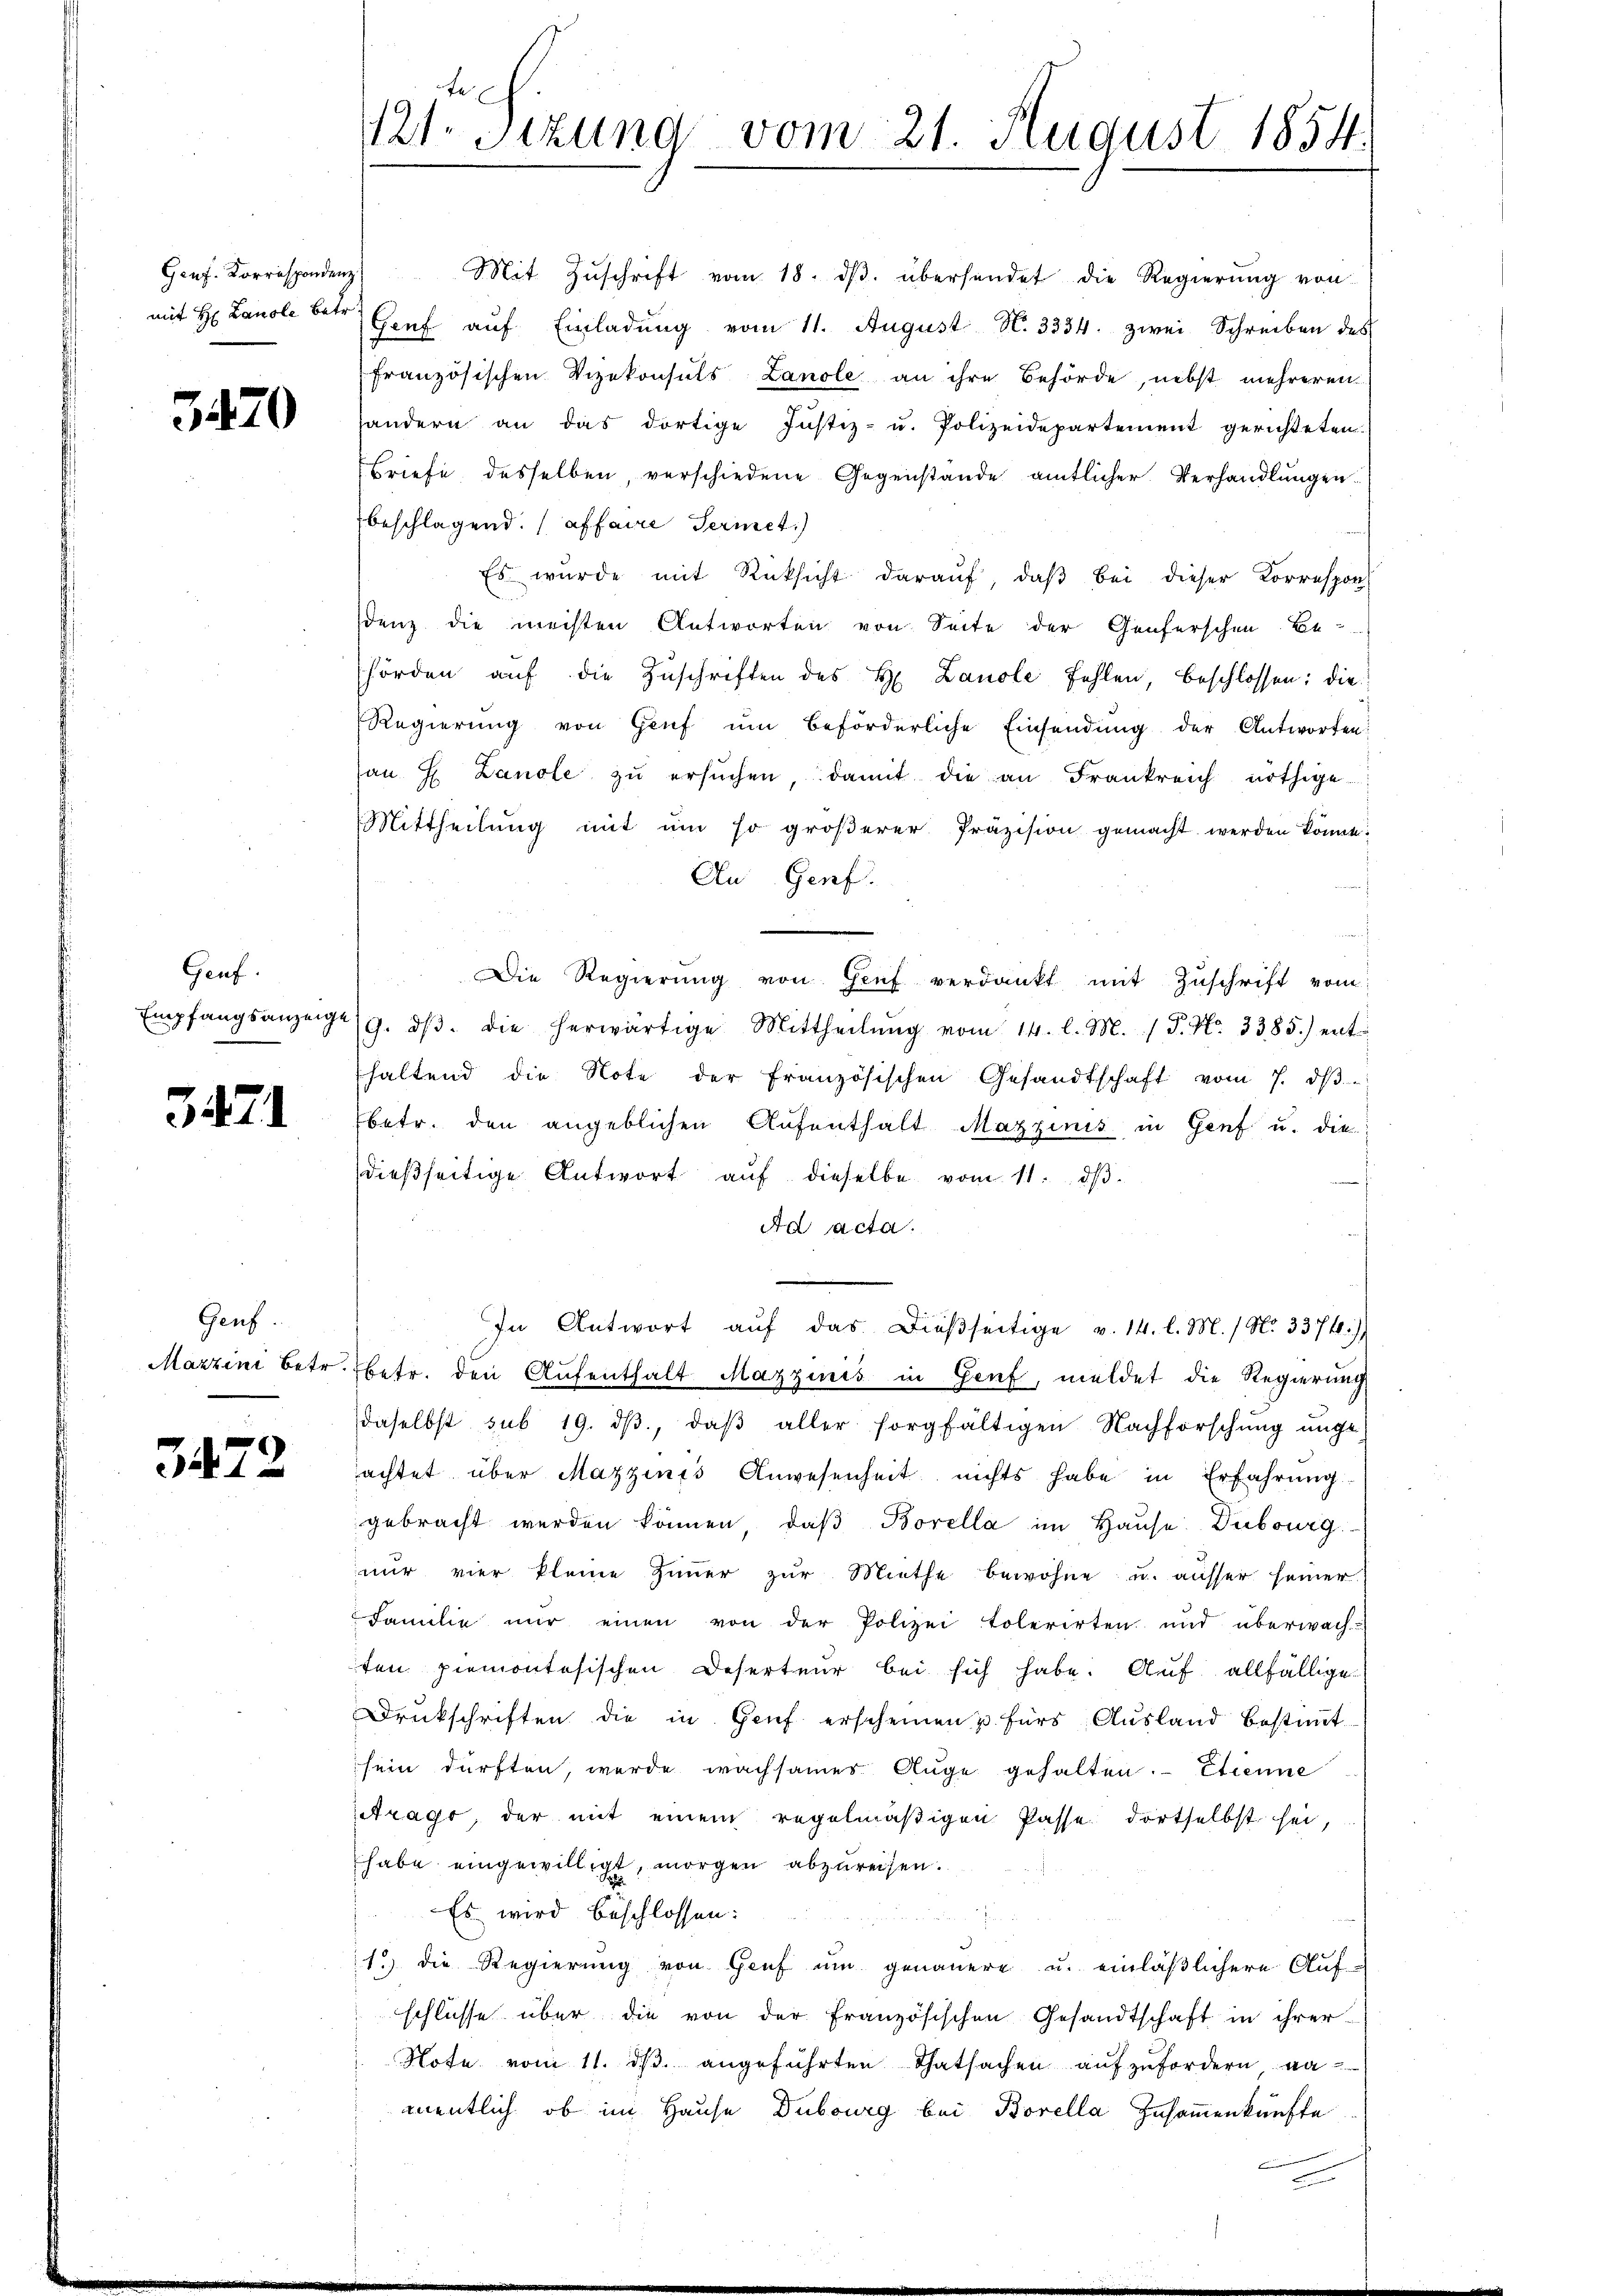
Genf. Korrespondenz

3470

Genf.

3471

Genf.

3472

121. Sitzung vom 21. August 1854.

Mit Zŭschrift vom 18. dβ. übersendet die Regierung von
mit H: Lanole betr. Genf auf Einladung vom 11. August N. 3334. zwei Schreiben des
französischen Vizekonsuls Lanole an ihre Behörde, nebst mehreren
handern an das dortige Justiz- u. Polizeidepartement gerichteten.
Briefe desselben, verschiedene Gegenstande amtlicher Verhandlungen
beschlagend. (affaire Termit
Es wurde mit Rücksicht daraŭf, daβ bei dieser Korrespon
denz die mechten Antworten von Seite der Genferschen Be-
hörden auf die Zuschriften des H. Landle Fehlen, beschlossen: die
Regierŭng von Haŭs ŭm beförderliche Einsendŭng der Antworten
an H. Lanole zŭ ersŭchen, damit die an Frankreich nöthige
Mittheilŭng mit um so gröβerer Präzision gemacht werden könne.
An Genf.
Die Regierŭng von Genf verdankt mit Zuschrift vom
Empfangsanzeige (9. dβ. die herwärtige Mittheilŭng vom 14. l. M. (T. No. 3385.) enthaltend die Note der französischen Gesandtschaft vom 7. dβ
betr. den angeblichen Aufenthalt Mazzinis in Genf u. die
dießseitige Antwort auf dieselbe vom 11. dβ.
Ad acta.
In Antwort aŭf das Dießseitige v. 14. l. M. / No. 3374)
Marzini betr. betr. den Aufenthalt Mazzinis in Genf, meldet die Regierung
daselbst sub 19. dβ, daβ aller sorgfältigen Nachforschŭng ŭnge
achtet über Mazzinis Anwesenheit nichts habe in Erfahrŭng
gebracht werden können, daβ Borella im Hause. Dubourg
nŭr vier kleine Zimmer zŭr Miethe bewohne u. ausser seiner
Familie mir einen von der Polizei tolerirten und überwach-
ten Piemontesischen Deserteur bei sich habe. Auf allfällige
Drukschriften die in Genf erscheinen u fürs Ausland bestimmt
sein dürften, werde wachsames Auge gehalten. Etienne
Arago, der mit einem regelmäßigen Pässe dortselbst sei,
habe eingewilligt, morgen abzureisen.
Es wird beschlossen:
1) die Regierung von Genf um genauere u. einläßlichere Aufschlüsse über die von der Französischen Gesandtschaft in ihrer
Note vom 11. ds. angeführten Thatsachen aufzufordern na
mentlich, ob im Hause Dubourg bei Borella Zusammenkünfte